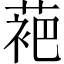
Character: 𬡞